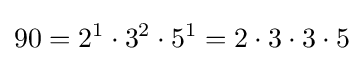
90=2^{1}\cdot 3^{2}\cdot 5^{1}=2\cdot 3\cdot 3\cdot 5